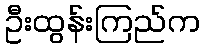
ဦးထွန်းကြည်က